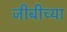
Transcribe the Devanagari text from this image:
जीबीच्या